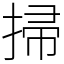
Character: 掃